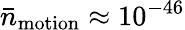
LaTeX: \bar{n}_{\mathrm{motion}}\approx 10^{-46}